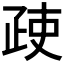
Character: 𱱇